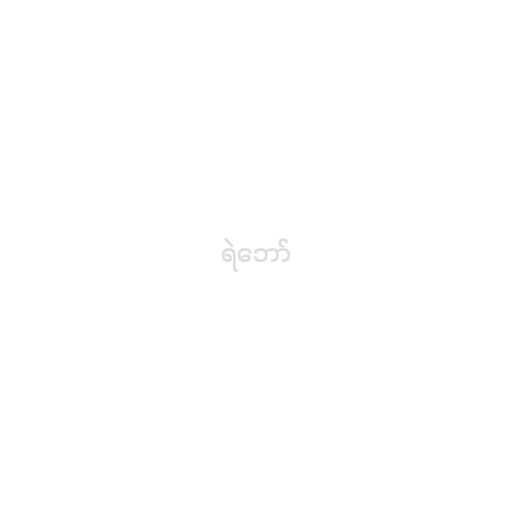
ရဲဘော်